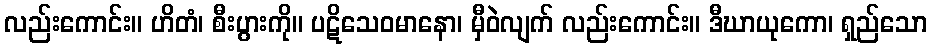
လည်းကောင်း။ ဟိတံ၊ စီးပွားကို။ ပဋိသေဝမာနော၊ မှီဝဲလျက် လည်းကောင်း။ ဒီဃာယုကော၊ ရှည်သော